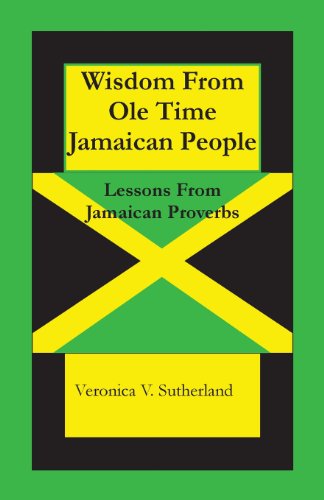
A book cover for Wisdom From Ole Time Jamaican People: Lessons From Jamaican Proverbs; Veronica V. Sutherland M.Ed.; Travel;